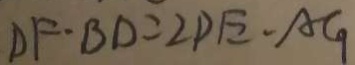
D F \cdot B D = 2 P E \cdot A G